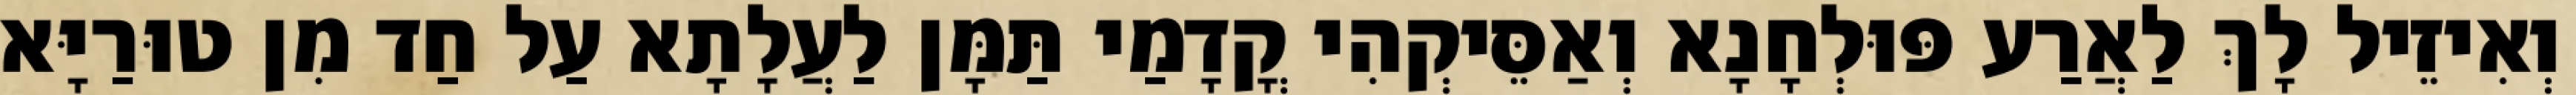
וְאִיזֵיל לָךְ לַאֲרַע פּוּלְחָנָא וְאַסֵּיקְהִי קֳדָמַי תַּמָּן לַעֲלָתָא עַל חַד מִן טוּרַיָּא